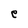
Character: e